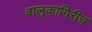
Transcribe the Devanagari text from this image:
वालुकागिरीच